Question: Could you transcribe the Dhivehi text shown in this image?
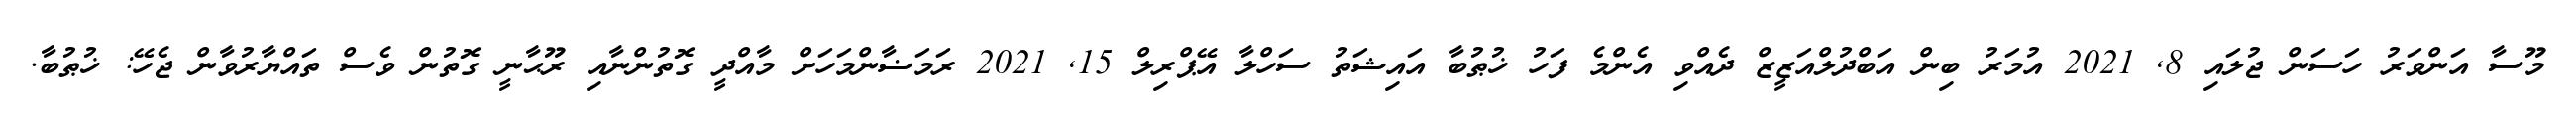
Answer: މޫސާ އަންވަރު ހަސަން ޖުލައި 8, 2021 އުމަރު ބިން އަބްދުލްއަޒީޒް ދެއްވި އެންމެ ފަހު ޚުޠުބާ އައިޝަތު ސަހްލާ އޭޕްރިލް 15, 2021 ރަމަޟާންމަހަށް މާއްދީ ގޮތުންނާއި ރޫޙާނީ ގޮތުން ވެސް ތައްޔާރުވާން ޖެހޭ: ޚުޠުބާ.